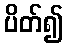
ပိတ်၍